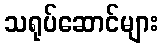
သရုပ်ဆောင်များ